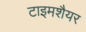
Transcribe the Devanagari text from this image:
टाइमशैयर